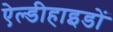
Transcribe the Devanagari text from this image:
ऐल्डीहाइडों